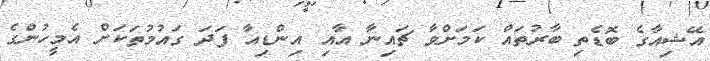
އޭޝިއާގެ ބޮޑެތި ބާރުތައް ކަމަށްވާ ޗައިނާ އާއި އިންޑިއާ ފަދަ ގައުމުތަކަށް އެމީހުންގެ